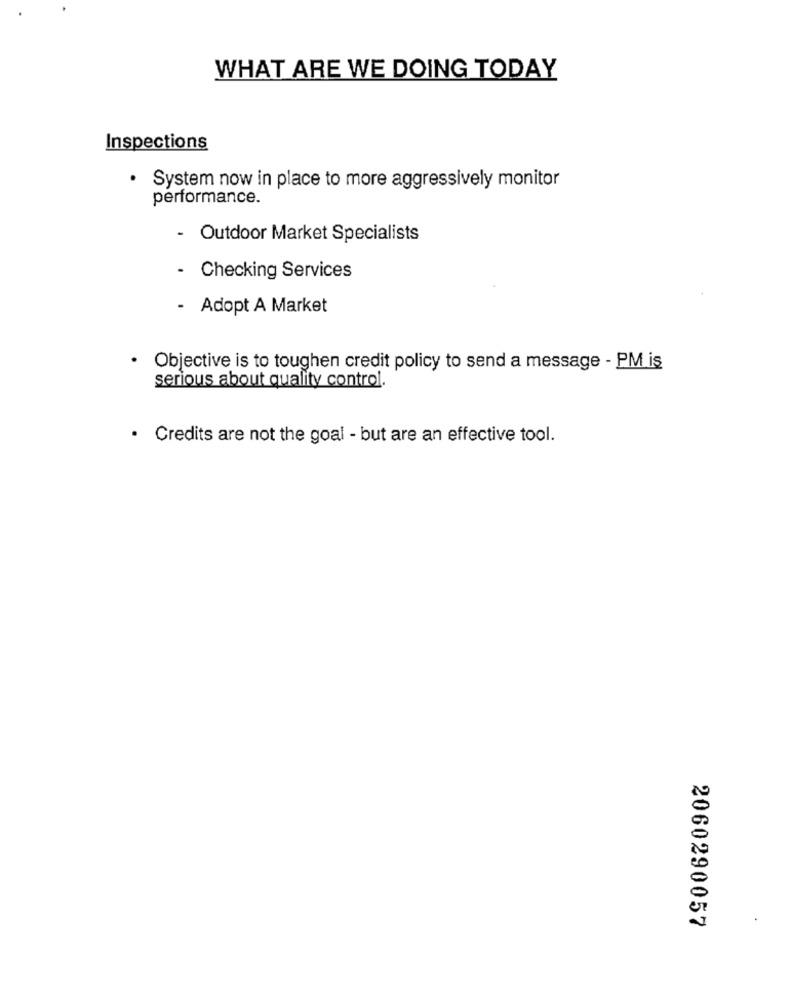
WHAT ARE WE DOING TODAY
Inspections
· System now in place to more aggressively monitor
performance.
- Outdoor Market Specialists
.
Checking Services
- Adopt A Market
Objective is to toughen credit policy to send a message - PM is
serious about quality control.
· Credits are not the goal - but are an effective tool.
2060290057